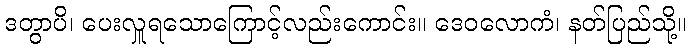
ဒတွာပိ၊ ပေးလှူရသောကြောင့်လည်းကောင်း။ ဒေဝလောကံ၊ နတ်ပြည်သို့။